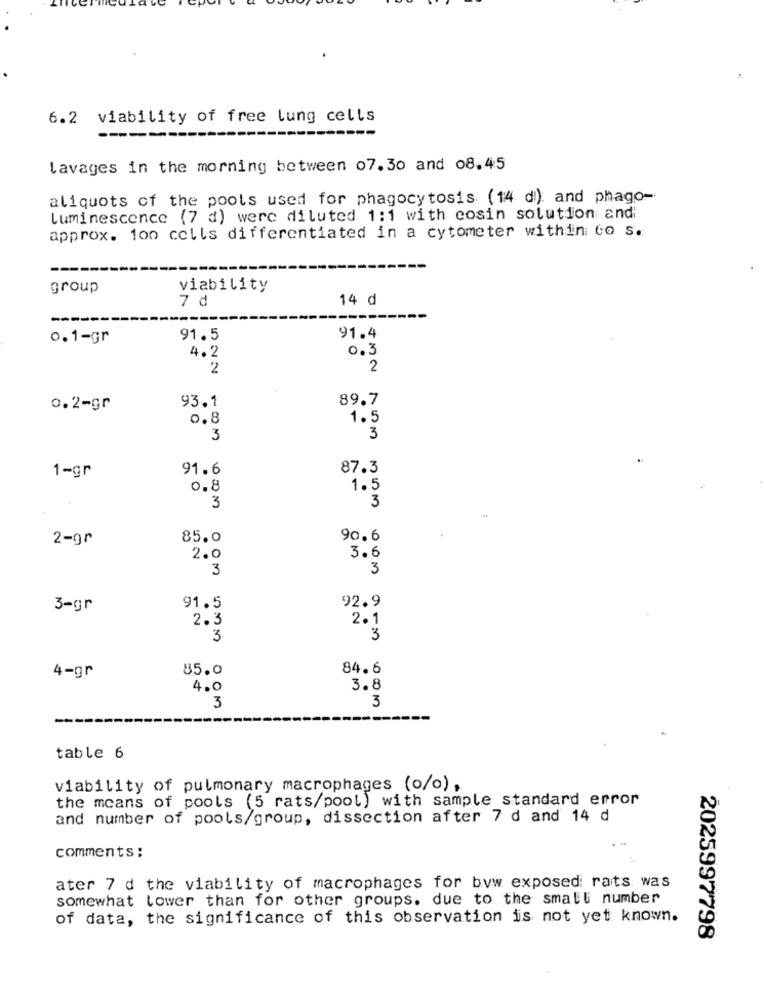
6.2 viability of free lung cells
----
lavages in the morning between 07.30 and 08.45
aliquots of the pools used for phagocytosis (14 di) and phago-
Luminescence (7 d) were diluted 1:1 with cosin solution and:
approx. 100 cells differentiated in a cytometer within to s.
group
viability
7 d
14 d
---
91.4
0.1-gr
91.5
0.3
4.2
2
2
93.1
89.7
0.2-gr
0.8
1.5
3
3
91.6
87.3
1-gr
0.8
1.5
3
3
2-gr
85.0
90.6
2.0
3.6
3
3
91.5
92.9
3-gr
2.3
2.1
3
3
4-gr
85.0
84.6
4.0
3.8
3
3
table 6
viability of pulmonary macrophages (o/o),
the means of pools (5 rats/pool) with sample standard error
and number of pools/group, dissection after 7 d and 14 d
comments ;
ater 7 d the viability of macrophages for byw exposed: rats was
somewhat lower than for other groups. due to the small number
of data, the significance of this observation is not yet known.
2025997798